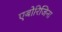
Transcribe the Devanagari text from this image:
एबोरिजिना